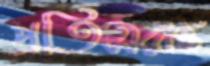
প্রতিসরাঙ্ক